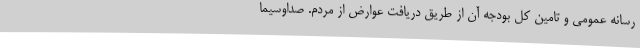
رسانه عمومی و تامین کل بودجه آن از طریق دریافت عوارض از مردم. صداوسیما